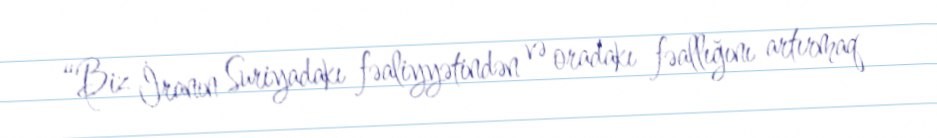
“Biz İranın Suriyadakı fəaliyyətindən və oradakı fəallığını artırmaq